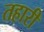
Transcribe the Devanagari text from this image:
तहारी